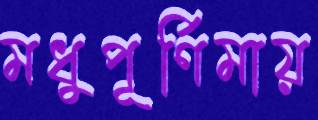
মধুপূর্ণিমায়